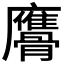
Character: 𩪠